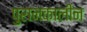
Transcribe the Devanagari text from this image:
पुरानकालीन